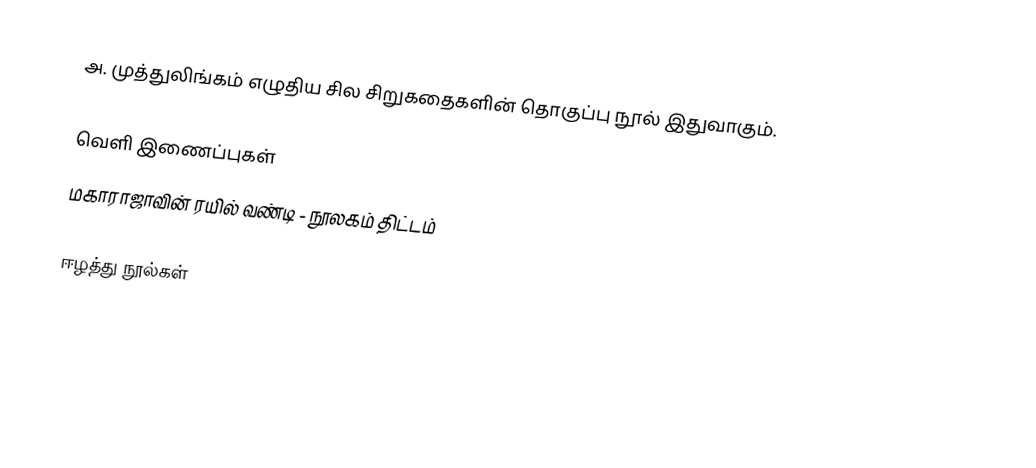
அ. முத்துலிங்கம் எழுதிய சில சிறுகதைகளின் தொகுப்பு நூல் இதுவாகும்.

வெளி இணைப்புகள்
 மகாராஜாவின் ரயில் வண்டி  - நூலகம் திட்டம்

ஈழத்து நூல்கள்